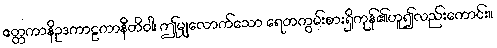
ဧတ္တကာနိဥဒကာဠကာနီတိဝါ၊ ဤမျှလောက်သော ရေတကွမ်းစားရှိကုန်၏ဟူ၍လည်းကောင်း။